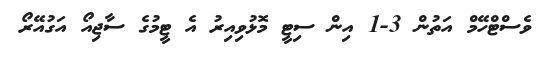
ވެސްޓްހޭމް އަތުން 3-1 އިން ސިޓީ މޮޅުވިއިރު އެ ޓީމުގެ ސާޖިއޯ އަގުއޭރޯ